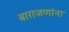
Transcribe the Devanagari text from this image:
बाराजणांना